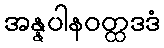
အန္နပါနဝတ္ထဒဒံ